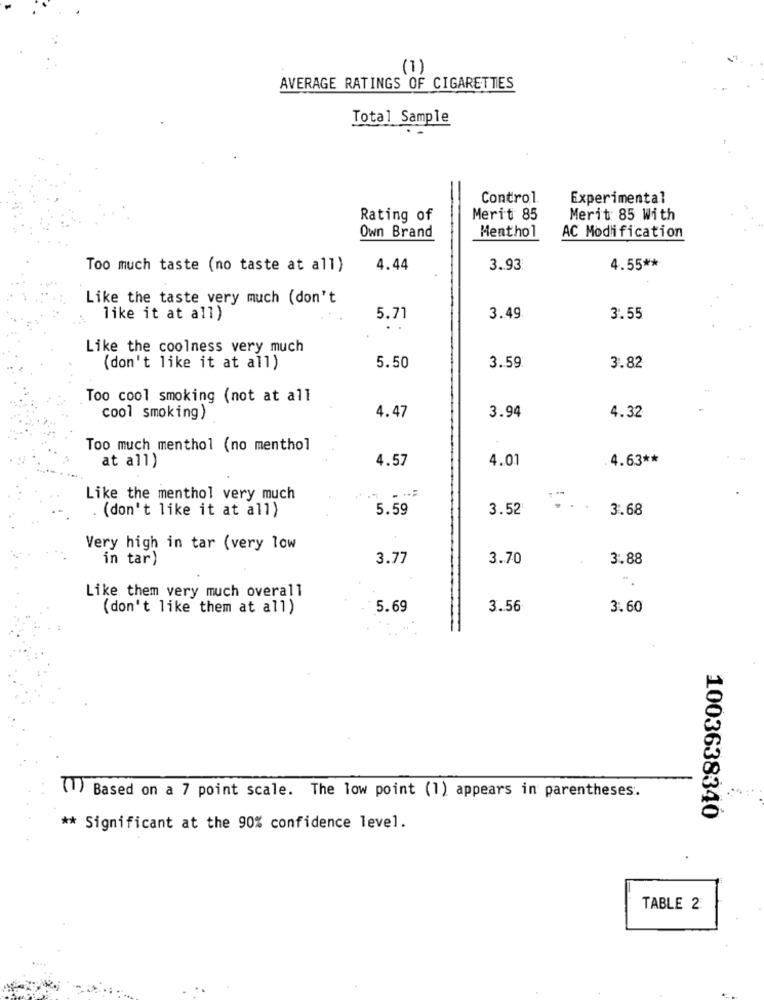
(1)
AVERAGE RATINGS OF CIGARETTES
Total Sample
Control
Experimental
Rating of
Merit 85
Merit: 85 With
Own Brand
Menthol
AC Modification
Too much taste (no taste at all)
4.44
3.93
4.55 **
Like the taste very much (don't
like it at all)
5.71
3.49
3.55
Like the coolness very much
(don't like it at all)
5.50
3.59
3.82
Too cool smoking (not at all
4.47
4.32
cool smoking)
3.94
Too much menthol (no menthol
at all)
4.57
4.01
4.63 **
Like the menthol very much
(don't like it at all)
5.59
3.52
3.68
Very high in tar (very low
in tar)
3.77
3.70
3.88
Like them very much overall
(don't like them at all)
5.69
3.56
3.60
(1) Based on a 7 point scale. The low point (1) appears in parentheses.
1003638340
** Significant at the 90% confidence level.
TABLE 2